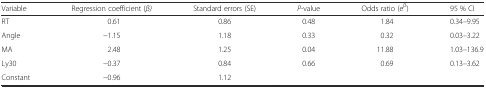
<table><thead><tr><td><b>Variable</b></td><td><b>Regression coefficient (<i>β)</i></b></td><td><b>Standard errors (SE)</b></td><td><b><i>P-</i>value</b></td><td><b>Odds ratio (e<sup>β</sup>)</b></td><td><b>95 % CI</b></td></tr></thead><tbody><tr><td>RT</td><td>0.61</td><td>0.86</td><td>0.48</td><td>1.84</td><td>0.34–9.95</td></tr><tr><td>Angle</td><td>−1.15</td><td>1.18</td><td>0.33</td><td>0.32</td><td>0.03–3.22</td></tr><tr><td>MA</td><td>2.48</td><td>1.25</td><td>0.04</td><td>11.88</td><td>1.03–136.9</td></tr><tr><td>Ly30</td><td>−0.37</td><td>0.84</td><td>0.66</td><td>0.69</td><td>0.13–3.62</td></tr><tr><td>Constant</td><td>−0.96</td><td>1.12</td><td></td><td></td><td></td></tr></tbody></table>